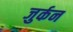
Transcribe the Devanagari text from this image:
जुर्कन